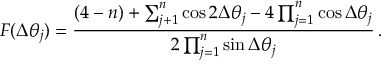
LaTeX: F ( \Delta \theta _ { j } ) = \frac { ( 4 - n ) + \sum _ { j + 1 } ^ { n } \cos 2 \Delta \theta _ { j } - 4 \prod _ { j = 1 } ^ { n } \cos \Delta \theta _ { j } } { 2 \prod _ { j = 1 } ^ { n } \sin \Delta \theta _ { j } } \, .